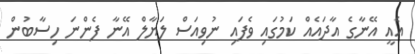
އެއީ އޭނާގެ އާދައެއް ކަމުގައި ވެފައި ނުވިއަސް ލަޔާލް އޭނާ ފެންނަ ހިސާބުން